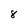
Character: 8